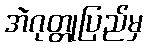
အဲဂုတ္တုပြည်မှ